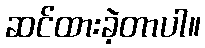
ဆင်ထားခဲ့တာပါ။